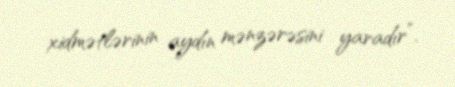
xidmətlərinin aydın mənzərəsini yaradır”.